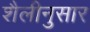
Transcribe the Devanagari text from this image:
शैलीनुसार